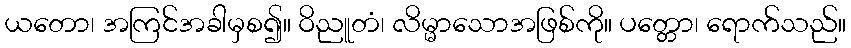
ယတော၊ အကြင်အခါမှစ၍။ ဝိညူတံ၊ လိမ္မာသောအဖြစ်ကို။ ပတ္တော၊ ရောက်သည်။